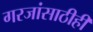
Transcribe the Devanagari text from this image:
गरजांसाठीही